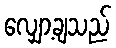
လျှော့ချသည်